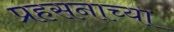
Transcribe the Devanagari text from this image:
प्रहसनाच्या